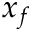
x _ { f }